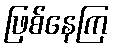
ဖြစ်နေကြ